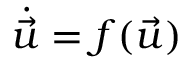
\dot { \vec { u } } = f ( \vec { u } )